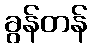
ခွန်တန်